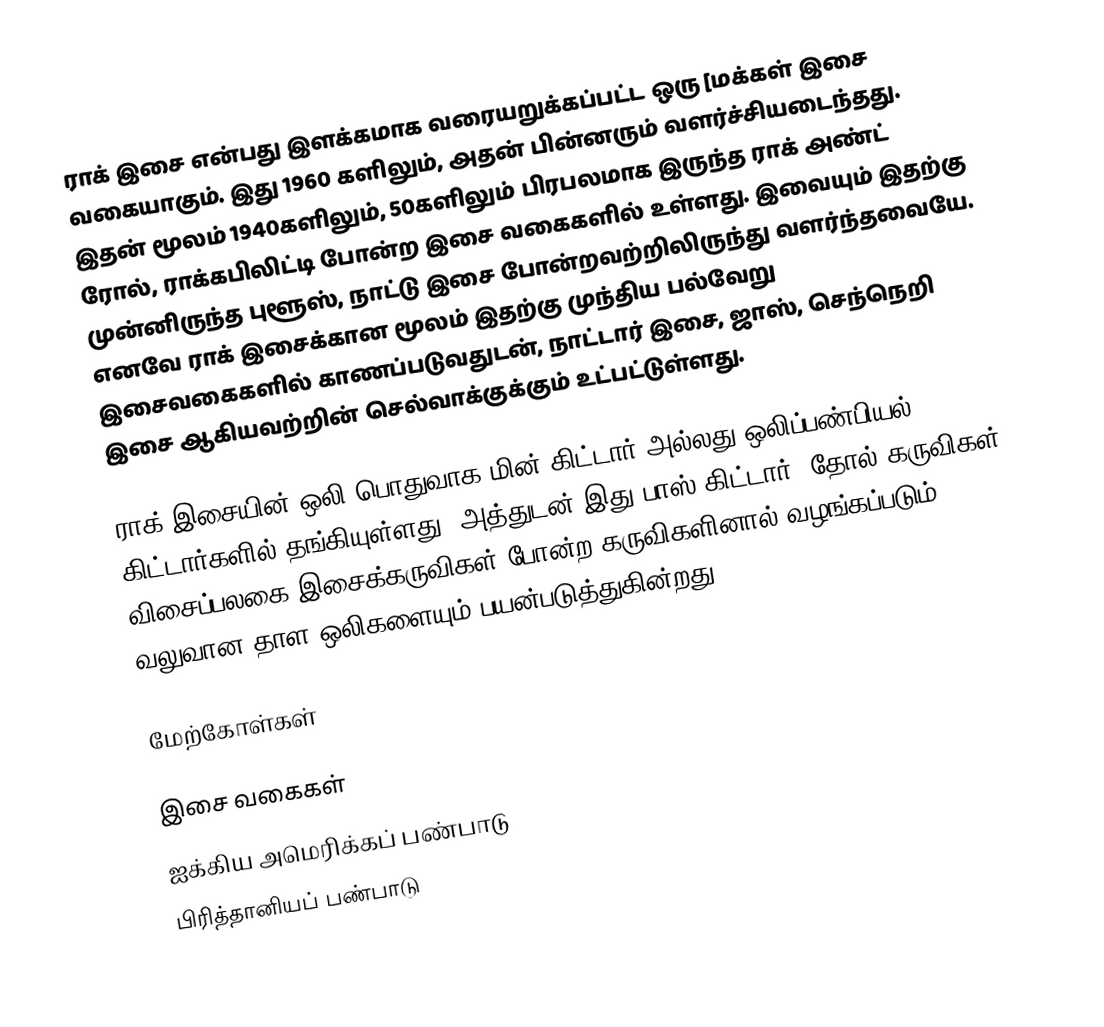
ராக் இசை என்பது இளக்கமாக வரையறுக்கப்பட்ட ஒரு [மக்கள் இசை வகையாகும். இது 1960 களிலும், அதன் பின்னரும் வளர்ச்சியடைந்தது. இதன் மூலம் 1940களிலும், 50களிலும் பிரபலமாக இருந்த ராக் அண்ட் ரோல், ராக்கபிலிட்டி போன்ற இசை வகைகளில் உள்ளது. இவையும் இதற்கு முன்னிருந்த புளூஸ், நாட்டு இசை போன்றவற்றிலிருந்து வளர்ந்தவையே. எனவே ராக் இசைக்கான மூலம் இதற்கு முந்திய பல்வேறு இசைவகைகளில் காணப்படுவதுடன், நாட்டார் இசை, ஜாஸ், செந்நெறி இசை ஆகியவற்றின் செல்வாக்குக்கும் உட்பட்டுள்ளது.

ராக் இசையின் ஒலி பொதுவாக மின் கிட்டார் அல்லது ஒலிப்பண்பியல் கிட்டார்களில் தங்கியுள்ளது. அத்துடன் இது பாஸ் கிட்டார், தோல் கருவிகள், விசைப்பலகை இசைக்கருவிகள் போன்ற கருவிகளினால் வழங்கப்படும் வலுவான தாள ஒலிகளையும் பயன்படுத்துகின்றது.

மேற்கோள்கள்

இசை வகைகள்
ஐக்கிய அமெரிக்கப் பண்பாடு
பிரித்தானியப் பண்பாடு